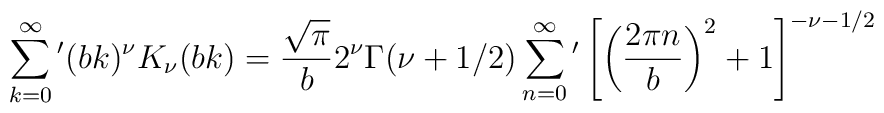
\sum_{k=0}^{\infty }{'}(bk)^\nu K_\nu (bk)=\frac{\sqrt{\pi }}{b}2^\nu \Gamma (\nu +1/2)\sum_{n=0}^{\infty }{'}\left[ \left( \frac{2\pi n}{b}\right) ^2+1\right] ^{-\nu -1/2}